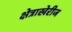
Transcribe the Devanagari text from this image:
क्षेत्राखेरीज